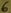
Text: 6